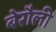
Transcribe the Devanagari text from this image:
बेरौली